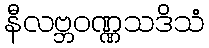
နီလဗ္ဘဝဏ္ဏသဒိသံ